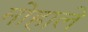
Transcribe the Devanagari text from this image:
मोहाले